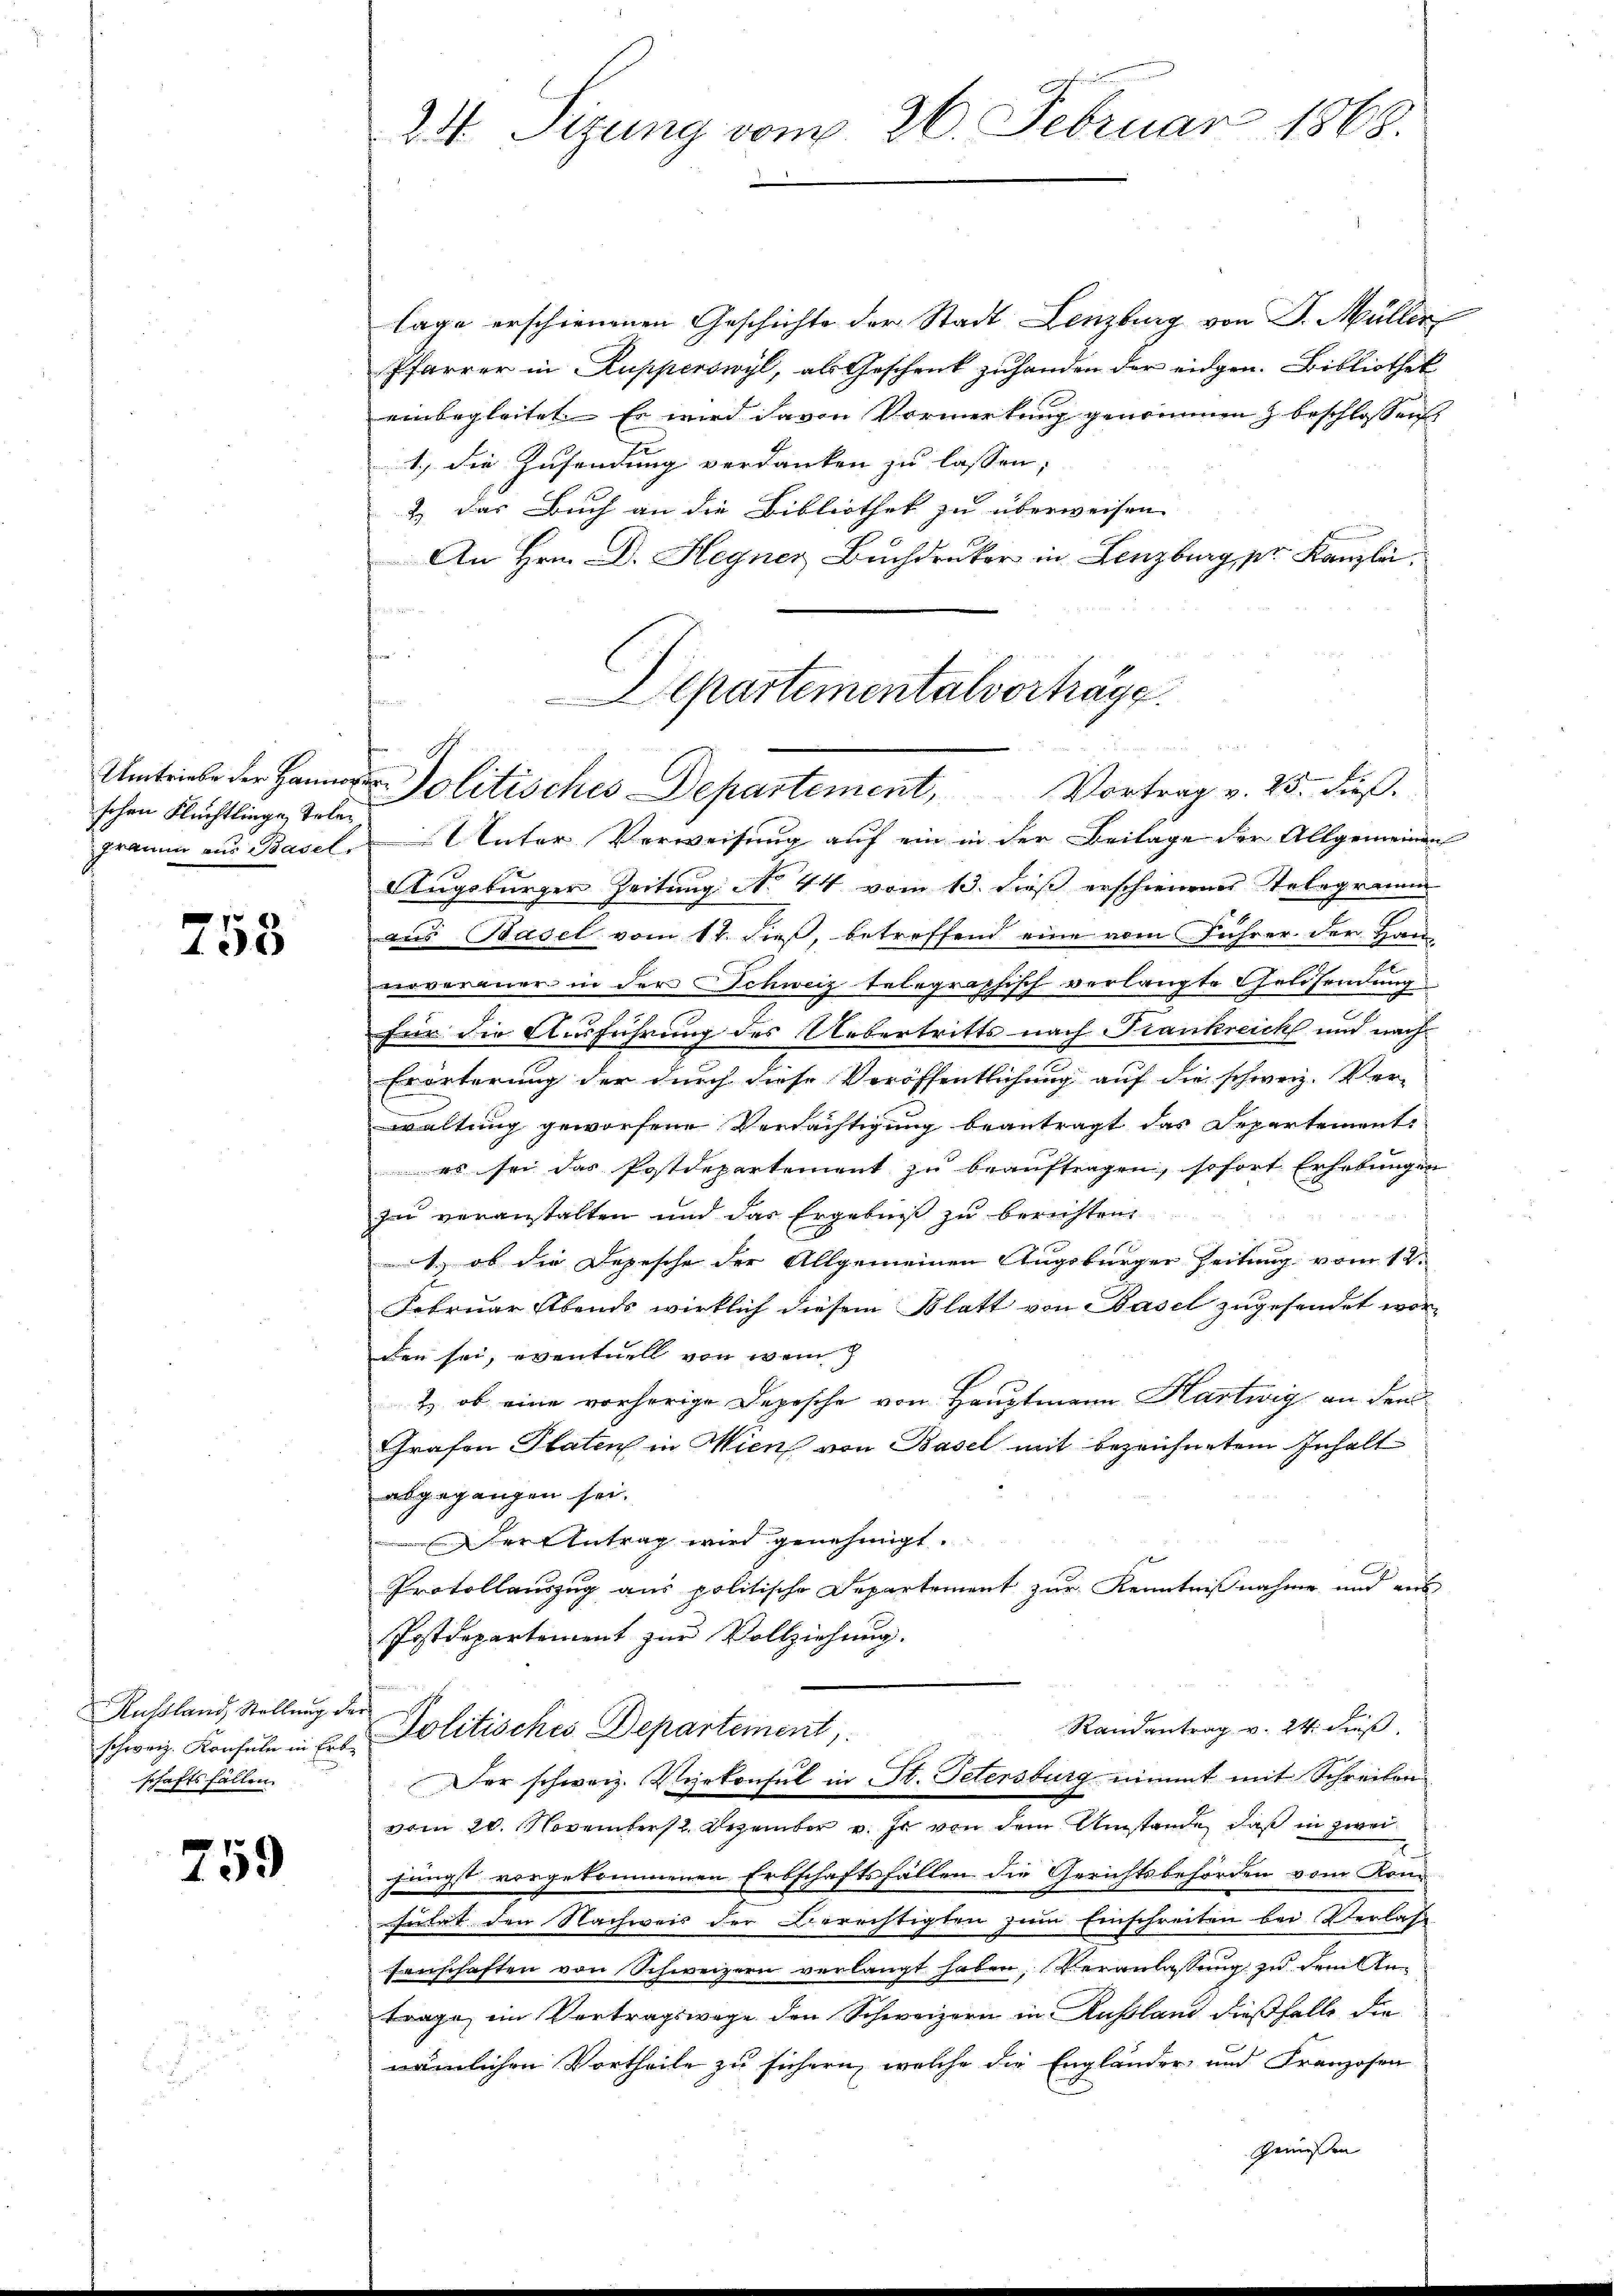
hohen Flüchtlinge, Tele¬

758

Russland, Stellung der
schaftsfällen.

759

lage erschienenen Geschichte der Stadt Lenzburg von J. Müller
Pfarrer in Kupperswyl, als Geschenk zuhanden der eidgen. Bibliothek
einbegleitet. Es wird davon Vormerkung genommen & beschlossen
1.) Die Zusendung verdanken zu lassen;
2.) Das Buch an die Bibliothek zu überweisen
An Hrn. D. Hegner Buchdruker in Lenzburg, pr. Kanzlei
Fr. 189
.
Departementalvortragg

Fraum aus Basel. Unter Verweisung auf ein in der Beilage der Allgemeinen
Rugsburger Zeitung No. 44 vom 13. dieß erschienenes Telegramm
aus Basel vom 17. dieß, betreffend eine vom Führer der Hannovereuer in der Schweiz telegraphisch verlangte Geldsendung
für die Ausführung des Uebertritts nach Frankreich und nach
Erörterung der durch diese Veröffentlichung auf die schweiz. Ver-
waltung geworfene Verdächtigung beantragt das Departement
es sei das Postdepartement zu beauftragen, sofort Erhebungen
zu veranstalten und das Ergebniß zu berichten,
1, ob die Depesche der Allgemeinen Augsburger Zeitung vom 12.
Februar Abends wirklich diesem Blatt von Basel zugesendet wor-
den sei, eventuell von wen
2) ob eine vorherige Depesche von Hauptmann Hartwig an den
Grafen Platen in Wien von Basel mit bezeichnetem Inhalt
abgegangen sei.
ertbetrag wird genehmigt.
Protollauszug aus politische Departement zur Kenntnißnahme und aus
Postdepartement zur Vollziehung.
Randantrag v. 24. dieß
schweiz. Konsul in Erb. Politisches Departement,
Der schweiz. Viekonsul in St. Petersburg nimmt mit Schreiben
vom 20. November 2. Dezember v. Js. von dem Umstände, daß in zwei
jüngst vorgekommenen Erbschaftsfällen die Gerichtsbehörden vom Kom
suität den Nachweis der Berechtigten zum Einschreiten bei Verlass
fenschaften von Schweizern verlangt haben, Veranlassung zu dem Antrage, im Vertragswage den Schweizern in Russland dießfalls die
nämlichen Vortheile zu sichern, welche die Engländer und Franzosen
gemessen

24 Sizung vom 26. Februar 1868.

Unolitisches Departement, Vortrag v. 25. dieβ.